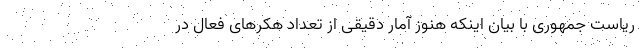
ریاست جمهوری با بیان اینکه هنوز آمار دقیقی از تعداد هکرهای فعال در